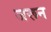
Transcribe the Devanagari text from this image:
जरून